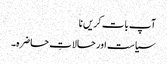
آپ بات کریں نا
سیاست اور حالاتِ حاضرہ۔